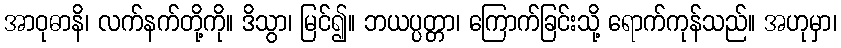
အာဝုဓာနိ၊ လက်နက်တို့ကို။ ဒိသွာ၊ မြင်၍။ ဘယပ္ပတ္တာ၊ ကြောက်ခြင်းသို့ ရောက်ကုန်သည်။ အဟုမှာ၊